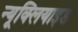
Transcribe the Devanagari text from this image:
न्यूक्लियाइड